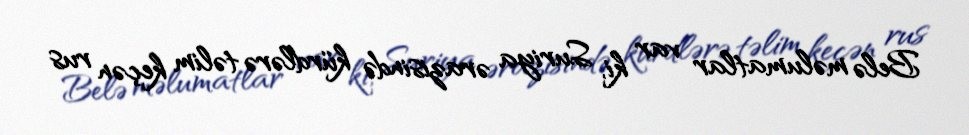
Belə məlumatlar var ki, Suriya ərazisində kürdlərə təlim keçən rus